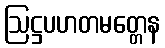
ဩဋ္ဌပဟတမတ္တေန